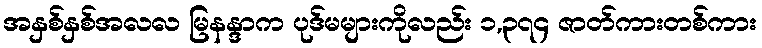
အနှစ်နှစ်အလလ မြနန္ဒာက ပုဒ်မများကိုလည်း ၁,၃၇၄ ဇာတ်ကားတစ်ကား